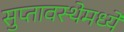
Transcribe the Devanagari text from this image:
सुप्‍तावस्थेमध्ये